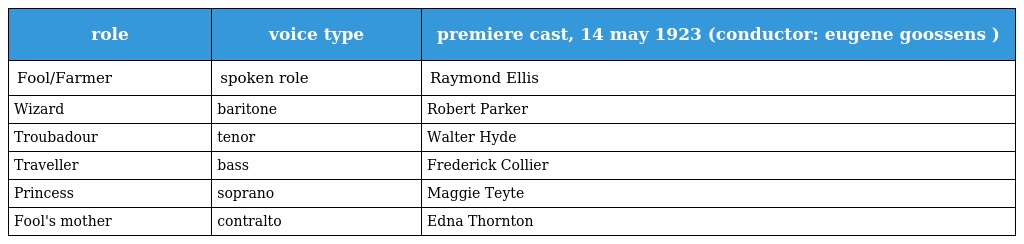
| role | voice type | premiere cast, 14 may 1923 (conductor: eugene goossens ) |
 | --- | --- | --- |
 | Fool/Farmer | spoken role | Raymond Ellis |
 | Wizard | baritone | Robert Parker |
 | Troubadour | tenor | Walter Hyde |
 | Traveller | bass | Frederick Collier |
 | Princess | soprano | Maggie Teyte |
 | Fool's mother | contralto | Edna Thornton |